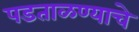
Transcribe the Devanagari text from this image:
पडताळण्याचे